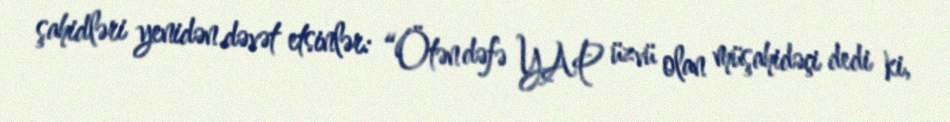
şahidləri yenidən dəvət etsinlər: “Ötən dəfə YAP üzvü olan müşahidəçi dedi ki,